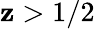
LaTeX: \mathbf{z}>1/2